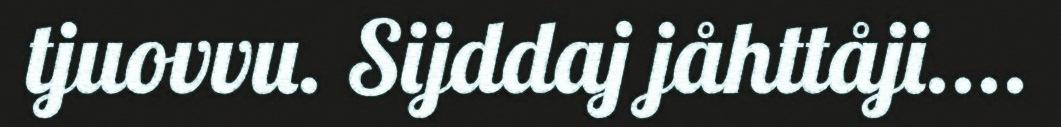
tjuovvu. Sijddaj jåhttåji....